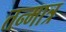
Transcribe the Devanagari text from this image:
तन्मात्र